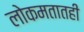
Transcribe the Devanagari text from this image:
लोकमतातही